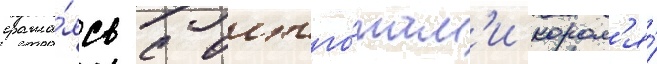
сража́ясь с остго́там'и корол'я́